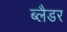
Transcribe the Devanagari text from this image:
ब्‍लैडर